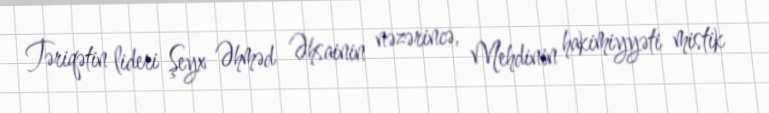
Təriqətin lideri Şeyx Əhməd Əhsainin nəzərincə, Mehdinin hakimiyyəti mistik